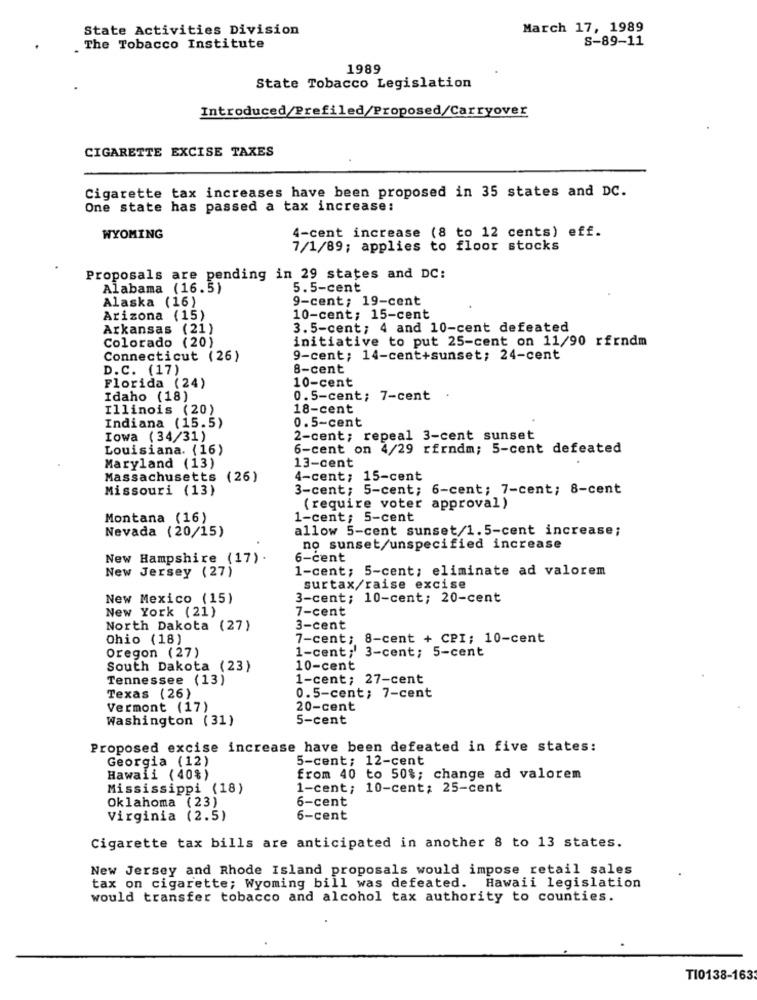
State Activities Division
March 17, 1989
S-89-11
. The Tobacco Institute
1989
State Tobacco Legislation
Introduced/Prefiled/Proposed/Carryover
CIGARETTE EXCISE TAXES
Cigarette tax increases have been proposed in 35 states and DC.
One state has passed a tax increase:
4-cent increase (8 to 12 cents) eff.
WYOMING
7/1/89; applies to floor stocks
Proposals are pending in 29 states and DC:
Alabama (16.5)
5.5-cent
Alaska (16)
9-cent; 19-cent
Arizona (15)
10-cent; 15-cent
Arkansas (21)
3.5-cent; 4 and 10-cent defeated
Colorado (20)
initiative to put 25-cent on 11/90 rfrndm
Connecticut (26)
9-cent; 14-cent+sunset; 24-cent
D.C. (17)
8-cent
10-cent
Florida (24)
Idaho (18)
0.5-cent; 7-cent
Illinois (20)
18-cent
Indiana (15.5)
0.5-cent
Iowa (34/31)
2-cent; repeal 3-cent sunset
Louisiana. (16)
6-cent on 4/29 rfrndm; 5-cent defeated
Maryland (13)
13-cent
Massachusetts (26)
4-cent; 15-cent
Missouri (13)
3-cent; 5-cent; 6-cent; 7-cent; 8-cent
(require voter approval)
Montana (16)
1-cent; 5-cent
Nevada (20/15)
allow 5-cent sunset/1.5-cent increase;
no sunset/unspecified increase
New Hampshire (17).
6-cent
New Jersey (27)
1-cent; 5-cent; eliminate ad valorem
surtax/raise excise
New Mexico (15)
3-cent; 10-cent; 20-cent
New York (21)
7-cent
North Dakota (27)
3-cent
Ohio (18)
7-cent; 8-cent + CPI; 10-cent
Oregon (27)
1-cent;' 3-cent; 5-cent
South Dakota (23)
10-cent
Tennessee (13)
1-cent; 27-cent
Texas (26)
0.5-cent; 7-cent
Vermont (17)
20-cent
Washington (31)
5-cent
Proposed excise increase have been defeated in five states:
Georgia (12)
5-cent; 12-cent
Hawaii (40%)
from 40 to 50%; change ad valorem
Mississippi (18)
1-cent; 10-cent; 25-cent
Oklahoma (23)
6-cent
Virginia (2.5)
6-cent
Cigarette tax bills are anticipated in another 8 to 13 states.
New Jersey and Rhode Island proposals would impose retail sales
tax on cigarette; Wyoming bill was defeated. Hawaii legislation
would transfer tobacco and alcohol tax authority to counties.
TI0138-163